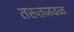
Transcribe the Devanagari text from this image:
तख्तजवळ